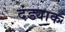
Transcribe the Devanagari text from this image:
दंड्याक